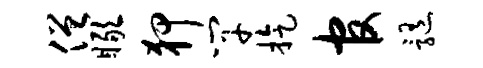
僧瞰狎竿旋官髓